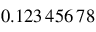
0 . 1 2 3 \, 4 5 6 \, 7 8